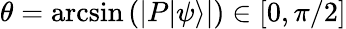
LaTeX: \theta=\arcsin\left(\left|P|\psi\rangle\right|\right)\in[0,\pi/2]